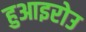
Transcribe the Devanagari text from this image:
हुआइरोउ